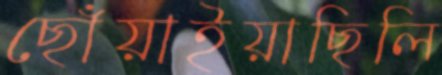
ছোঁয়াইয়াছিলি